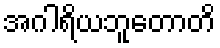
အဂါရိယဘူတောတိ